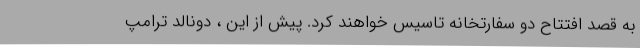
به قصد افتتاح دو سفارتخانه تاسیس خواهند کرد. پیش از این ، دونالد ترامپ